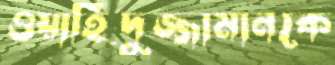
ওয়াহিদুজ্জামানকে